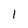
Character: 1